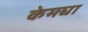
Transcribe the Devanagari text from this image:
केमघा